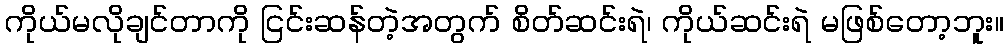
ကိုယ်မလိုချင်တာကို ငြင်းဆန်တဲ့အတွက် စိတ်ဆင်းရဲ၊ ကိုယ်ဆင်းရဲ မဖြစ်တော့ဘူး။